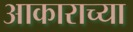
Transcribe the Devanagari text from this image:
अाकाराच्या